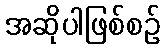
အဆိုပါဖြစ်စဉ်